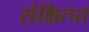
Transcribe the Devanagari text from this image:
संक्षित्प्त